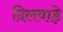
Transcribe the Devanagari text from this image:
दिलवाड़े